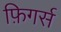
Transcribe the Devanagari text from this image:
फ़िगर्स